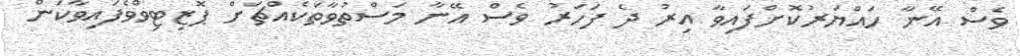
ވެސް އޭނާ ހައްޔަރުކޮށްފައިވާ އިރު ދެ ފަހަރު ވެސް އޭނާ މަސްތުވާތަކެއްޗަށް ޕޮޒިޓިވްވެފައިވާކަން